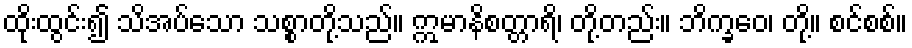
ထိုးထွင်း၍ သိအပ်သော သစ္စာတို့သည်။ ဣမာနိစတ္တာရိ၊ တို့တည်း။ ဘိက္ခဝေ၊ တို့။ စင်စစ်။